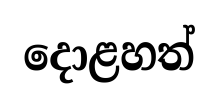
දොළහත්